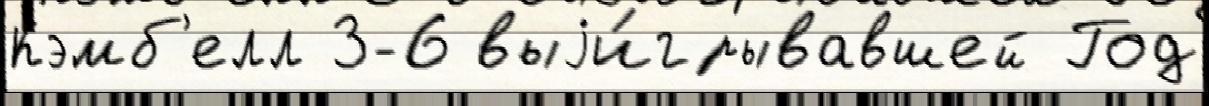
Кэмб'елл 3-6 выjи́грывавшей Год